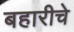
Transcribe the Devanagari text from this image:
बहारीचे